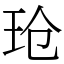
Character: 玱